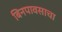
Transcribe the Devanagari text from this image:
बिनपावसाचा